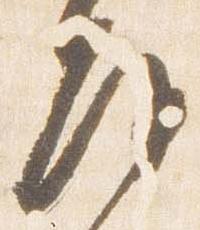
房